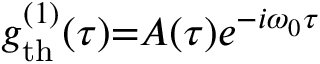
g _ { \mathrm { t h } } ^ { ( 1 ) } ( \tau ) { = } A ( \tau ) e ^ { - i \omega _ { 0 } \tau }